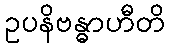
ဥပနိဗန္ဓာဟီတိ